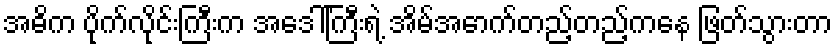
အဓိက ပိုက်လိုင်းကြီးက အဒေါ်ကြီးရဲ့ အိမ်အောက်တည့်တည့်ကနေ ဖြတ်သွားတာ